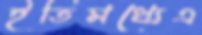
ইতিমধ্যেএ